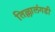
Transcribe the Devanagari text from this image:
तिल्लालंगडी